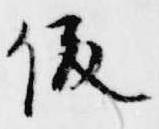
俊